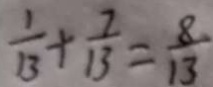
\frac { 1 } { 1 3 } + \frac { 7 } { 1 3 } = \frac { 8 } { 1 3 }